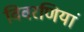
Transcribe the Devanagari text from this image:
विवरणियां